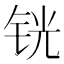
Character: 𰽵